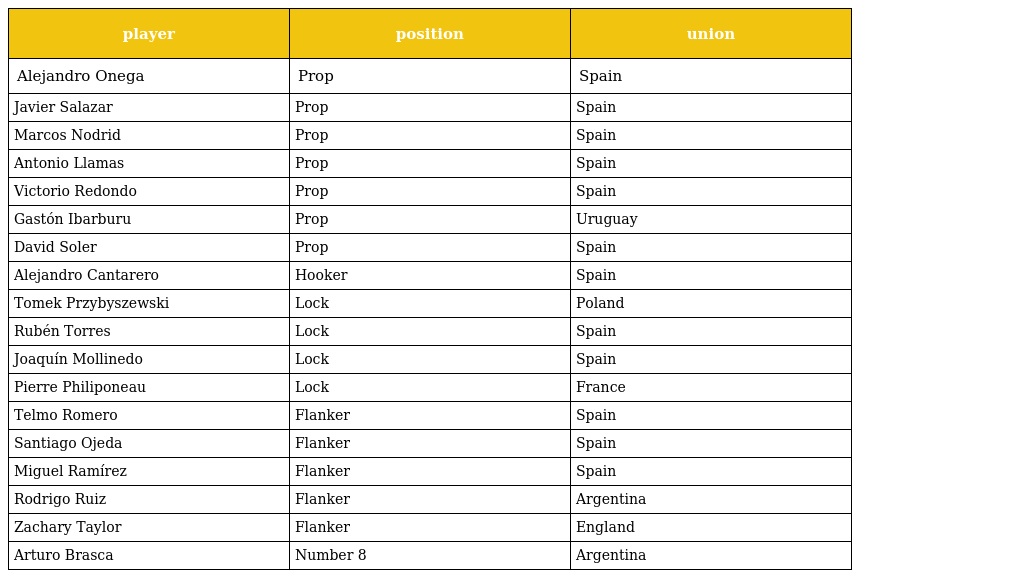
| player | position | union |
 | --- | --- | --- |
 | Alejandro Onega | Prop | Spain |
 | Javier Salazar | Prop | Spain |
 | Marcos Nodrid | Prop | Spain |
 | Antonio Llamas | Prop | Spain |
 | Victorio Redondo | Prop | Spain |
 | Gastón Ibarburu | Prop | Uruguay |
 | David Soler | Prop | Spain |
 | Alejandro Cantarero | Hooker | Spain |
 | Tomek Przybyszewski | Lock | Poland |
 | Rubén Torres | Lock | Spain |
 | Joaquín Mollinedo | Lock | Spain |
 | Pierre Philiponeau | Lock | France |
 | Telmo Romero | Flanker | Spain |
 | Santiago Ojeda | Flanker | Spain |
 | Miguel Ramírez | Flanker | Spain |
 | Rodrigo Ruiz | Flanker | Argentina |
 | Zachary Taylor | Flanker | England |
 | Arturo Brasca | Number 8 | Argentina |